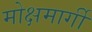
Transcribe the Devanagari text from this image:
मोक्षमार्गी